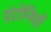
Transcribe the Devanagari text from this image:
एंटोनियों